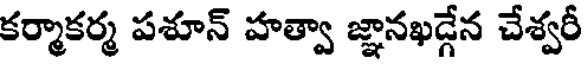
కర్మాకర్మ పశూన్ హత్వా జ్ఞానఖడ్గేన చేశ్వరీ